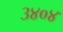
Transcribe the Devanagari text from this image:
३४०४